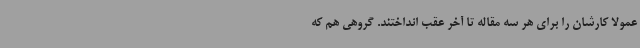
عمولاً کارشان را برای هر سه مقاله تا آخر عقب انداختند. گروهی هم که